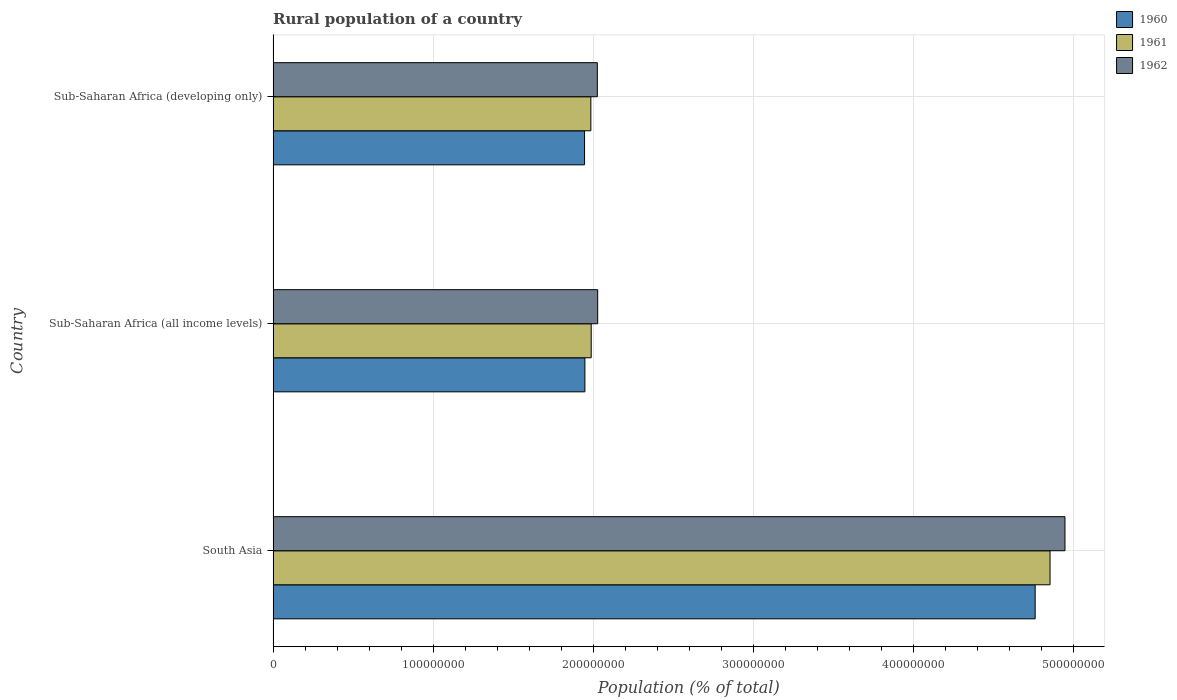
| Country | 1960 | 1961 | 1962 |
 | --- | --- | --- | --- |
 | South Asia | 4.76e+08 | 4.86e+08 | 4.95e+08 |
 | Sub-Saharan Africa (all income levels) | 1.95e+08 | 1.99e+08 | 2.03e+08 |
 | Sub-Saharan Africa (developing only) | 1.95e+08 | 1.99e+08 | 2.03e+08 |